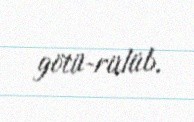
götü­rülüb.